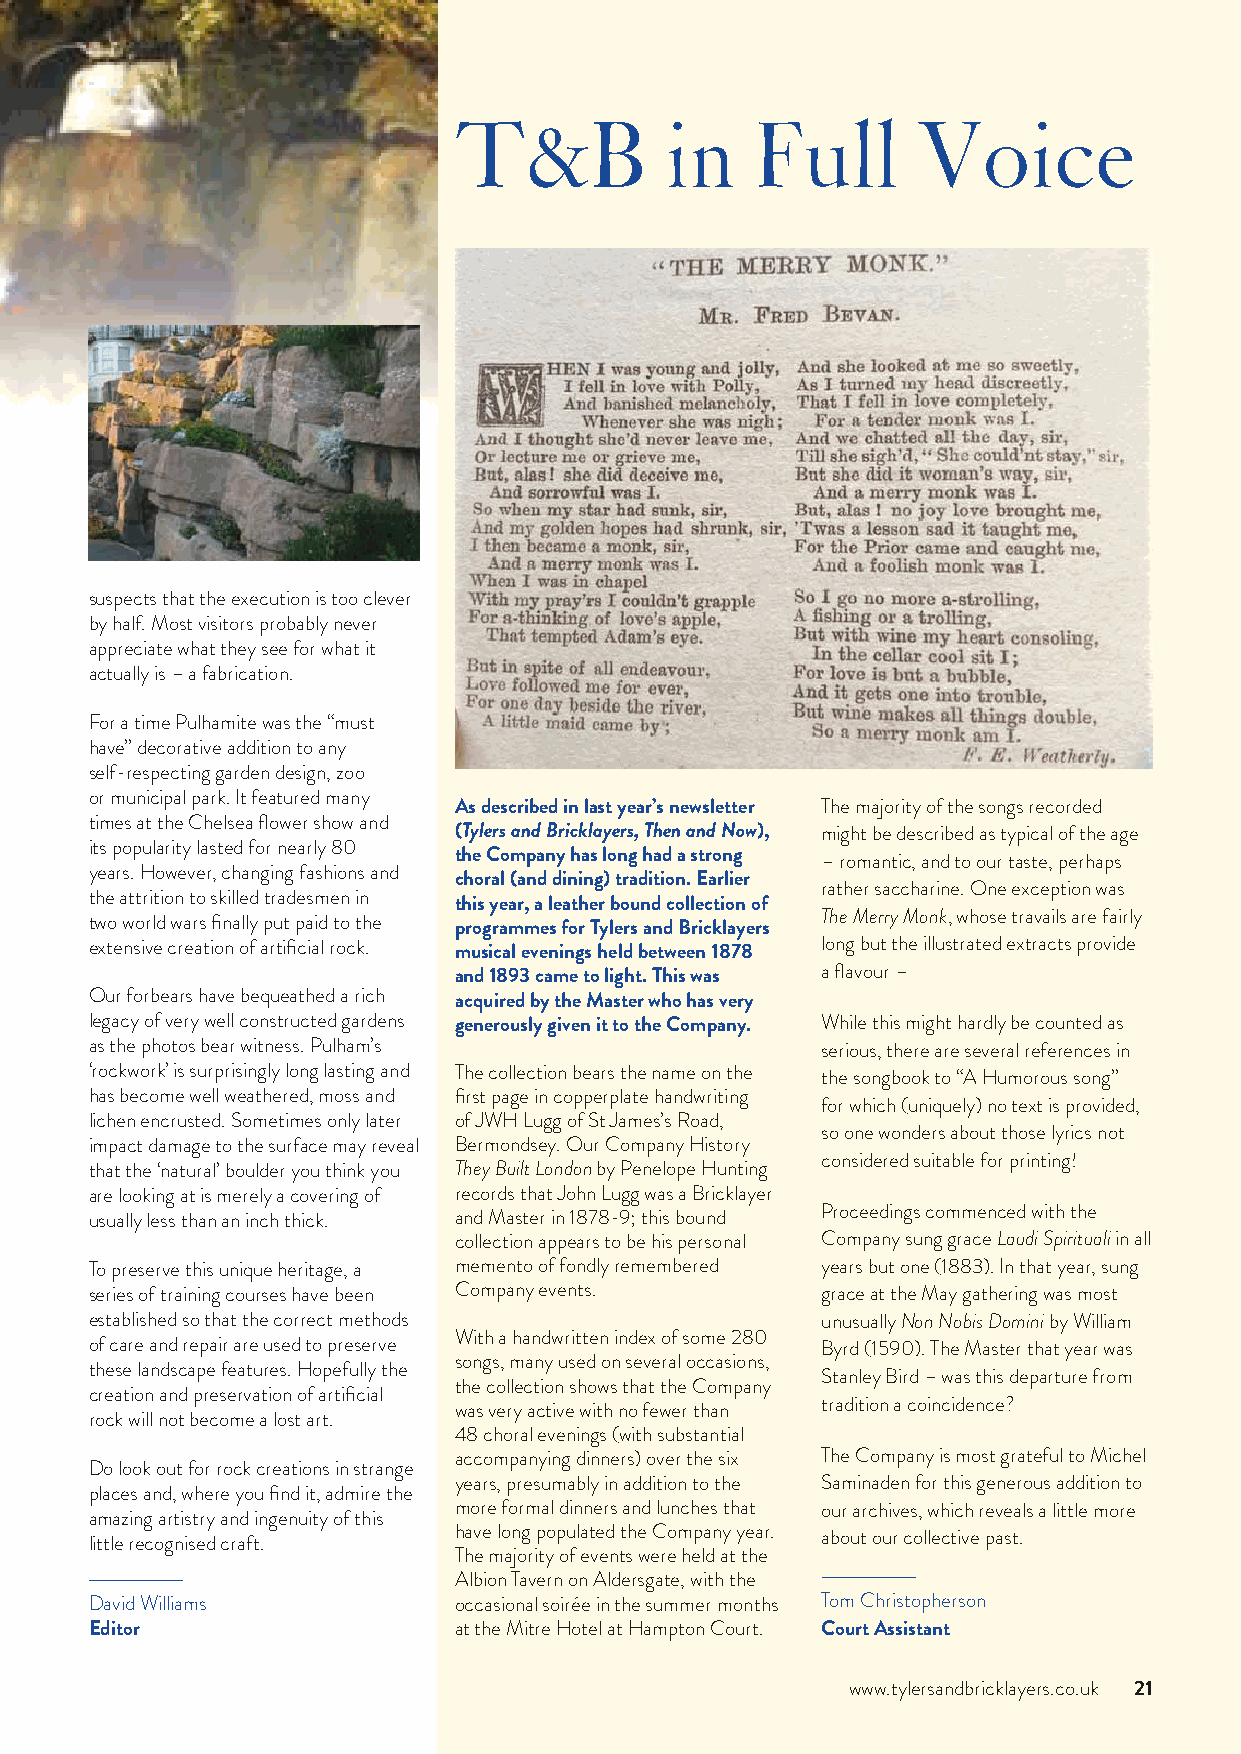
T&B           in    Full       Voice
 suspects that the execution is too clever
 by half. Most visitors probably never
 appreciate what they see for what it
 actually is – a fabrication.
 For a time Pulhamite was the “must
 have” decorative addition to any
 self-respecting garden design, zoo
 or municipal park. It featured many
 As described in last year’s newsletter The majority of the songs recorded
 times at the Chelsea flower show and
 (Tylers and Bricklayers, Then and Now), might be described as typical of the age
 its popularity lasted for nearly 80
 the Company has long had a strong
 – romantic, and to our taste, perhaps
 years. However, changing fashions and
 choral (and dining) tradition. Earlier
 rather saccharine. One exception was
 the attrition to skilled tradesmen in this year, a leather bound collection of
 two world wars finally put paid to the programmes for Tylers and Bricklayers The Merry Monk, whose travails are fairly
 extensive creation of artificial rock. musical evenings held between 1878 long but the illustrated extracts provide
 and 1893 came to light. This was a flavour –
 Our forbears have bequeathed a rich acquired by the Master who has very
 legacy of very well constructed gardens generously given it to the Company. While this might hardly be counted as
 as the photos bear witness. Pulham’s            serious, there are several references in
 ‘rockwork’ is surprisingly long lasting and The collection bears the name on the the songbook to “A Humorous song”
 has become well weathered, moss and first page in copperplate handwriting
 for which (uniquely) no text is provided,
 lichen encrusted. Sometimes only later of JWH Lugg of St James’s Road,
 so one wonders about those lyrics not
 impact damage to the surface may reveal Bermondsey. Our Company History
 considered suitable for printing!
 that the ‘natural’ boulder you think you They Built London by Penelope Hunting
 are looking at is merely a covering of records that John Lugg was a Bricklayer
 usually less than an inch thick. and Master in 1878-9; this bound Proceedings commenced with the
 collection appears to be his personal Company sung grace Laudi Spirituali in all
 To preserve this unique heritage, a memento of fondly remembered years but one (1883). In that year, sung
 series of training courses have been Company events. grace at the May gathering was most
 established so that the correct methods         unusually Non Nobis Domini by William
 With a handwritten index of some 280
 of care and repair are used to preserve         Byrd (1590). The Master that year was
 songs, many used on several occasions,
 these landscape features. Hopefully the
 Stanley Bird – was this departure from
 the collection shows that the Company
 creation and preservation of artificial
 tradition a coincidence?
 was very active with no fewer than
 rock will not become a lost art.
 48 choral evenings (with substantial
 accompanying dinners) over the six The Company is most grateful to Michel
 Do look out for rock creations in strange
 years, presumably in addition to the Saminaden for this generous addition to
 places and, where you find it, admire the
 more formal dinners and lunches that our archives, which reveals a little more
 amazing artistry and ingenuity of this
 have long populated the Company year.
 little recognised craft.                        about our collective past.
 The majority of events were held at the
 Albion Tavern on Aldersgate, with the
 David Williams          occasional soirée in the summer months Tom Christopherson
 Editor                  at the Mitre Hotel at Hampton Court. Court Assistant
 www.tylersandbricklayers.co.uk 21